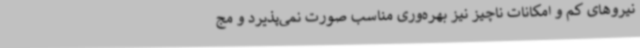
نیروهای کم و امکانات ناچیز نیز بهره‌وری مناسب صورت نمی‌پذیرد و مج